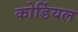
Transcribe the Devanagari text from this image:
कोर्डियल